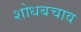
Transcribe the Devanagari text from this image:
शोधबचाव